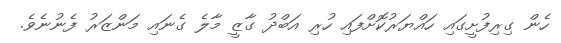
ހެން ގިރިފުށީގައި ހައްޔަރުކޮށްފައި ހުރި އަބްދު ގާޒީ މާލެ ގެނައި މަންޒަރު ފެނުނެވެ.